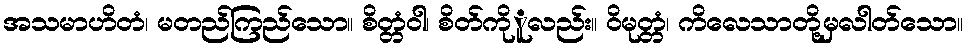
အသမာဟိတံ၊ မတည်ကြည်သော။ စိတ္တံဝါ၊ စိတ်ကိုူလည်း။ ဝိမုတ္တံ၊ ကိလေသာတို့မှလါတ်သော။